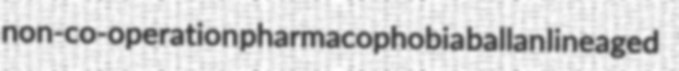
non-co-operation pharmacophobia ballan lineaged